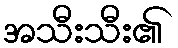
အသီးသီး၏